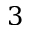
3